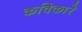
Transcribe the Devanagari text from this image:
कविकारे